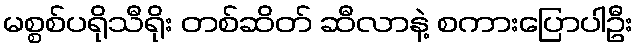
မစ္စစ်ပရိုသီရိုး တစ်ဆိတ် ဆီလာနဲ့ စကားပြောပါဦး